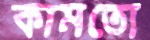
কামতো